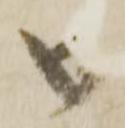
御